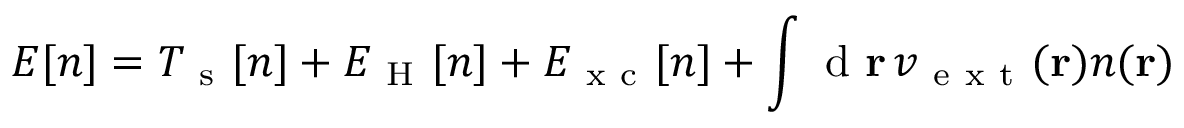
E \ensuremath { [ n ] } = T _ { \mathrm { ~ s ~ } } \ensuremath { [ n ] } + E _ { \mathrm { ~ H ~ } } \ensuremath { [ n ] } + E _ { \mathrm { ~ x ~ c ~ } } \ensuremath { [ n ] } + \int \mathrm { ~ d ~ } \ensuremath { \mathbf { r } } \, \ensuremath { v _ { \mathrm { ~ e ~ x ~ t ~ } } } ( \ensuremath { \mathbf { r } } ) n ( \ensuremath { \mathbf { r } } )